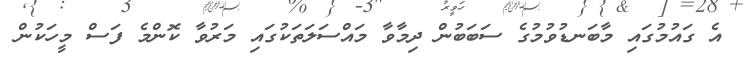
އެ ގައުމުގައި މާބަނޑުވުމުގެ ސަބަބުން ދިމާވާ މައްސަލަތަކުގައި މަރުވާ ކޮންމެ ފަސް މީހަކުން